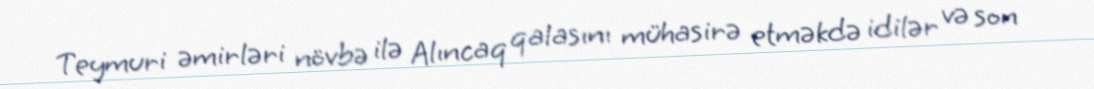
Teymuri əmirləri növbə ilə Alıncaq qalasını mühasirə etməkdə idilər və son